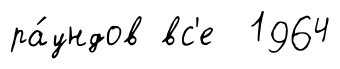
ра́ундов вс'е 1964